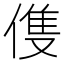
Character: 𬿈